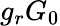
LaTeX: g_{r}G_{0}